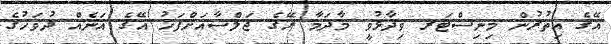
އޭގެ އިތުރުން މިނިސްޓަރ ވިދާޅުވީ މާދަމާ ރޭގެ ޖަލްސާއަށްފަހު އޭގެ އަނެއް ދުވަހުގެ